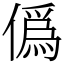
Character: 僞